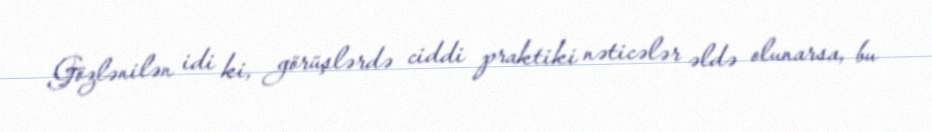
Gözlənilən idi ki, görüşlərdə ciddi praktiki nəticələr əldə olunarsa, bu